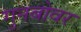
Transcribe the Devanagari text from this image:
गुनबोवर